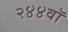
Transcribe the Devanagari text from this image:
२४४वॉ